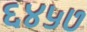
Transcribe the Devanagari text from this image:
६४५७